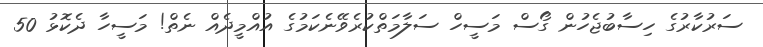
ސަރުކާރުގެ ހިސާބުޖެހުން ގޯސް މަސީހް ސަލާމަތްކުރެވޭނެކަމުގެ އުއްމީދެއް ނެތް! މަސީހާ ދެކޮޅު 50